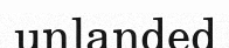
unlanded